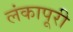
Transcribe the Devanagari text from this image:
लंकापूरी